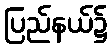
ပြည်နယ်၌